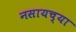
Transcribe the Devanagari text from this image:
नसायच्या